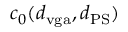
c _ { 0 } ( d _ { \mathrm { v g a } } , d _ { \mathrm { P S } } )